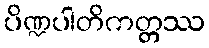
ပိဏ္ဍပါတိကတ္တဿ